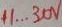
Text: +1...30V